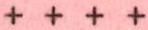
+ + + +